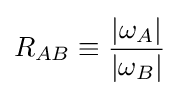
R_{AB}\equiv {\frac {|\omega _{A}|}{|\omega _{B}|}}